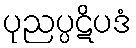
ပုညပ္ပဋိပဒံ